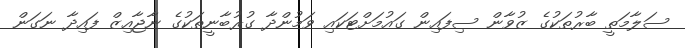
ސަލާމަތީ ބާރުތަކުގެ ޒުވާން ސިފައިން ގައުމަށްޓަކައި ވަމުންދާ ގުރުބާނީތަކުގެ ނާޖާއިޒް ފައިދާ ނަގަން